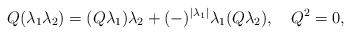
\begin{align*}Q(\lambda_1\lambda_2)=(Q\lambda_1)\lambda_2 +(-)^{|\lambda_1|}\lambda_1(Q\lambda_2), \quad Q^2 = 0,\end{align*}